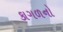
કાગળનો